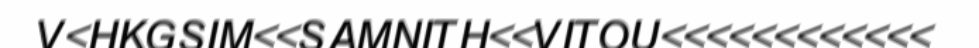
V<HKGSIM<<SAMNITH<<VITOU<<<<<<<<<<<<